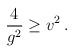
\begin{align*}{4 \over g^2} \geq v^2 \, .\end{align*}